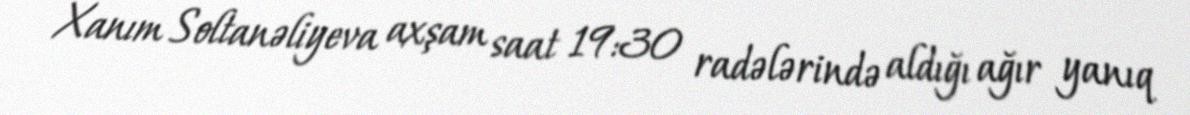
Xanım Soltanəliyeva axşam saat 19:30 radələrində aldığı ağır yanıq